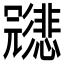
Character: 𱝩